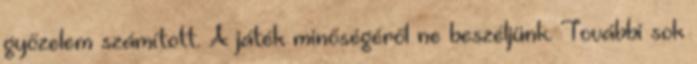
győzelem számított. A játék minőségéről ne beszéljünk. További sok